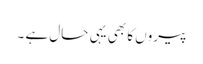
پیروں کا بھی یہی حال ہے ۔